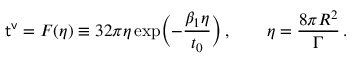
{ \sf t ^ { v } } = F ( \eta ) \equiv 3 2 \pi \eta \exp \Bigl ( - \frac { \beta _ { 1 } \eta } { t _ { 0 } } \Bigr ) \, , \qquad \eta = \frac { 8 \pi R ^ { 2 } } { \Gamma } \, .